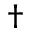
\dagger